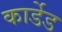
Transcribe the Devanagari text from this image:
कार्डेड